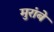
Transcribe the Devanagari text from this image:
मुरांबे